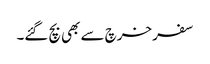
سفر خرچ سے بھی بچ گئے۔